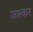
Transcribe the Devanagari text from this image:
जास्कर